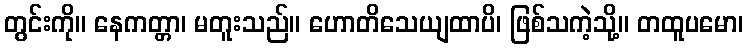
တွင်းကို။ နေကတ္တာ၊ မတူးသည်။ ဟောတိသေယျထာပိ၊ ဖြစ်သကဲ့သို့။ တထူပမော၊